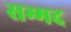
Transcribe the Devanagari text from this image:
सम्मद